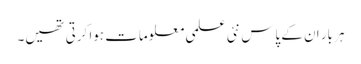
ہر بار ان کے پاس نئی علمی معلومات ہوا کرتی تھیں۔